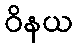
ဝိနယ